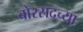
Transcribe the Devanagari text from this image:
बोरसदच्या